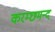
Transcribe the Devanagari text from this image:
करम्छमन्द